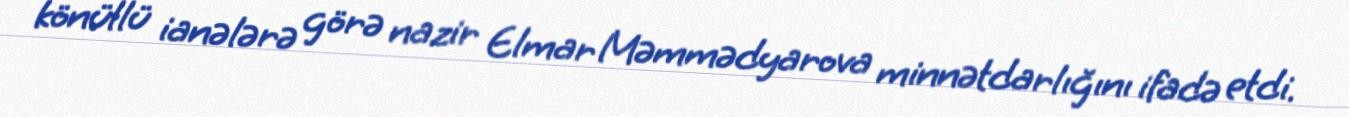
könüllü ianələrə görə nazir Elmar Məmmədyarova minnətdarlığını ifadə etdi.